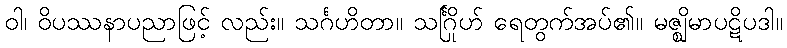
ဝါ၊ ဝိပဿနာပညာဖြင့် လည်း။ သင်္ဂဟိတာ။ သင်္ဂြိုဟ် ရေတွက်အပ်၏။ မဇ္ဈိမာပဋိပဒါ။